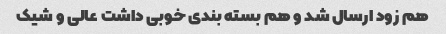
هم زود ارسال شد و هم بسته بندی خوبی داشت عالی و شیک